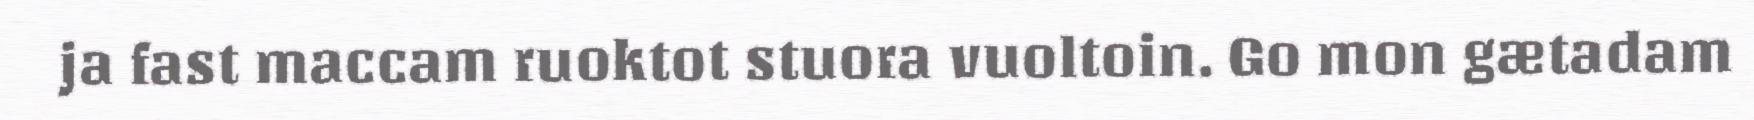
ja fast maccam ruoktot stuora vuoltoin. Go mon gætadam